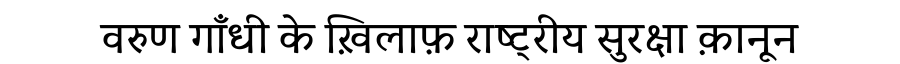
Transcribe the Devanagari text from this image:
वरुण गाँधी के ख़िलाफ़ राष्ट्रीय सुरक्षा क़ानून